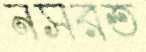
নসরত